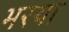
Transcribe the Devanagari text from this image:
भरया